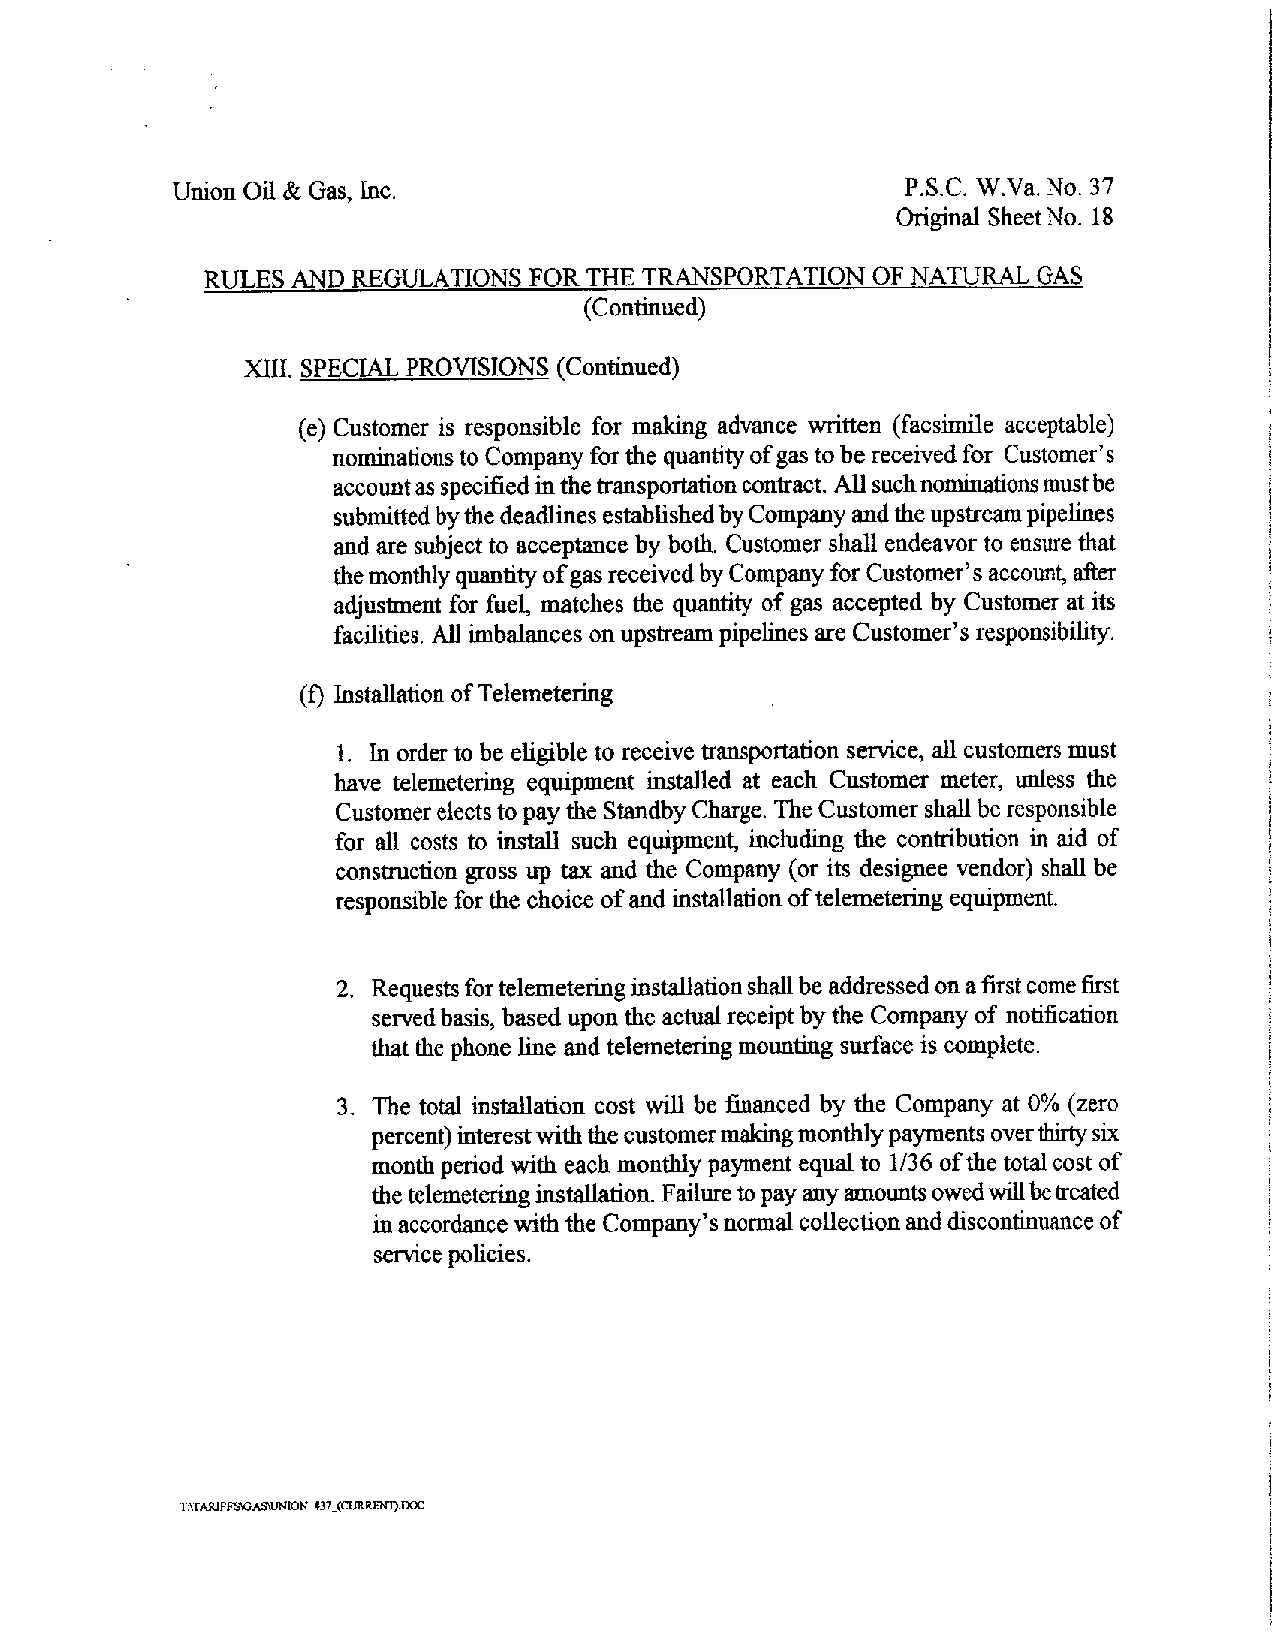
Union Oil&Gas, Inc.                              P.S .C. W.Va. No.37
 OriginalSheetNo. 18
 RULES AND REGULATIONS FORTHE TRANSPORTATION OF NATURALGAS
 (Continued)
 XIII. SPECIAL PROVISIONS (Continued)
 (e) Customer is responsible for making advance written (facsimile acceptable)
 nominationsto Companyforthe quantityofgastobereceivedfor Customer s
 accountasspecifiedinthetransportationcontract
 .
 Allsuchnominationsmustbe
 submittedbythedeadlinesestablishedbyCompanyandtheupstreampipelines
 and aresubject to acceptance by both. Customershall endeavor to ensurethat
 themonthlyquantityofgasreceivedbyCompanyforCustomer’saccount,after
 adjustment for fuel, matches the quantity of gas accepted by Customer at its
 facilities. All imbalancesonupstream pipelinesareCustomer’s responsibility.
 (f) Installation of Telemetering
 1. In order to be eligible to receive transportationservice, allcustomers must
 have telemetering equipment installed at each Customer meter, unless the
 CustomerelectstopaydieStandbyCharge. TheCustomershallberesponsible
 for all costs to install such equipment, including the contribution in aid of
 construction gross up tax and the Company (or its designee vendor) shall be
 responsiblefor thechoice ofand installationof telemeteringequipment.
 2. Requestsfortelemeteringinstallationshallbeaddressedonafirstcomefirst
 servedbasis, based upon theactualreceiptbytheCompanyof notification
 that the phoneline and telemetering mounting surfaceiscomplete.
 3. The total installation cost will be financed by the Company at 0% (zero
 percent)interestwiththecustomermakingmonthlypaymentsoverthirtysix
 month period with each monthly payment equal to 1/36 of the totalcostof
 thetelemeteringinstallation.Failuretopayanyamountsowedwillbetreated
 inaccordancewiththeCompany’snormalcollectionanddiscontinuanceof
 servicepolicies.
 _
 T\TAiUFFSGAS,UN!ONBJ.(CURRENT).DOC